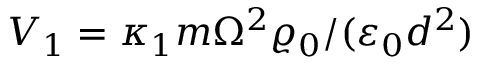
V _ { 1 } = \kappa _ { 1 } m \Omega ^ { 2 } \varrho _ { 0 } / ( \varepsilon _ { 0 } d ^ { 2 } )